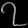
Digit: ၇